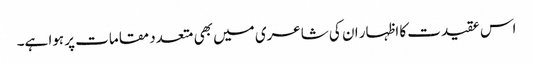
اس عقیدت کا اظہار ان کی شاعری میں بھی متعدد مقامات پر ہوا ہے۔